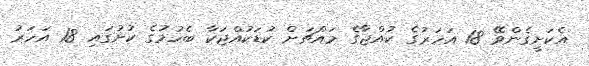
އެކަށީގެންވޭ 18 އަހަރުގެ ކުއްޖާގެ މައްޗަށް ކުޑަކުއްޖަކާ ބެހުމުގެ ކުށުގައި 18 އަހަރު